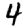
Digit: 4